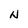
Character: N